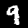
Label: 9